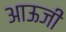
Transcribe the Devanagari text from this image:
आऊजी